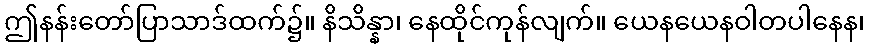
ဤနန်းတော်ပြာသာဒ်ထက်၌။ နိသိန္နာ၊ နေထိုင်ကုန်လျက်။ ယေနယေနဝါတပါနေန၊